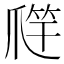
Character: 𱭁